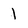
Character: 1